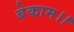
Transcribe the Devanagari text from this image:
बेकाम।।